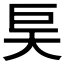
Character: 𰋝